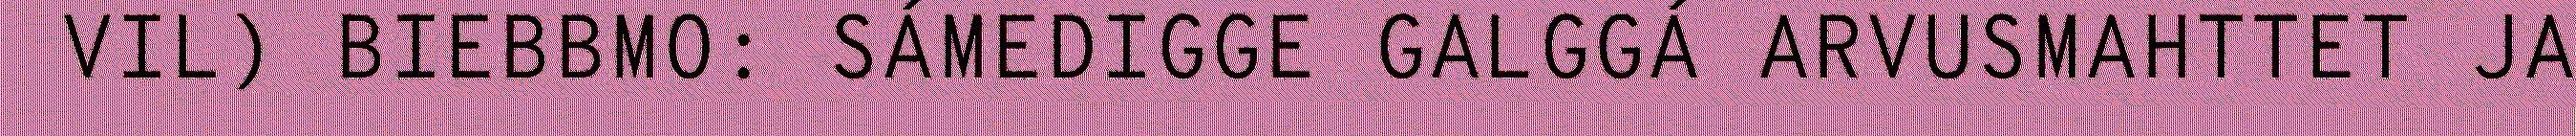
VIL) BIEBBMO: SÁMEDIGGE GALGGÁ ARVUSMAHTTET JA